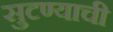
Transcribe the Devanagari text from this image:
सुटण्याची